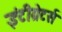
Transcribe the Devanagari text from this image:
इंटीग्रेटर्स